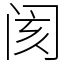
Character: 阂